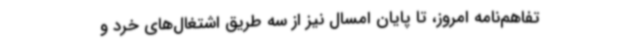
تفاهم‌نامه امروز، تا پایان امسال نیز از سه طریق اشتغال‌های خرد و